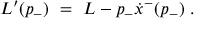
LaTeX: { \cal L } ^ { \prime } ( p _ { - } ) \ = \ { \cal L } - p _ { - } \dot { x } ^ { - } ( p _ { - } ) \ .